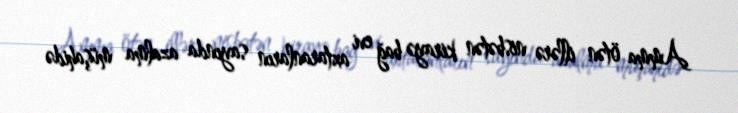
Amma ötən illərə nisbətən kirayə bağ evi axtaranların sayında azalma müşahidə